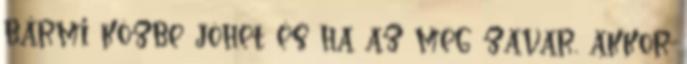
bármi közbe jöhet és ha az meg zavar, akkor